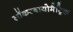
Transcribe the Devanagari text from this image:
लॉकरबायोमैट्रिक